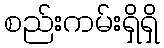
စည်းကမ်းရှိရှိ